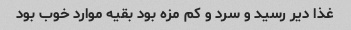
غذا دیر رسید و سرد و کم مزه بود بقیه موارد خوب بود